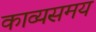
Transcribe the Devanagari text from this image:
काव्यसमय